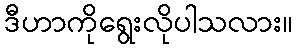
ဒီဟာကိုရွေးလိုပါသလား။